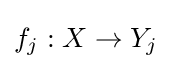
f_{j}:X\to Y_{j}